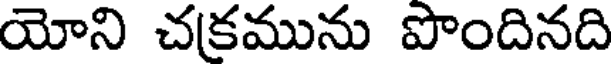
యోని చకమును పొందినది